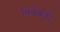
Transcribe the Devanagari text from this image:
तिर्थकरो